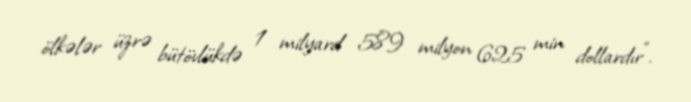
ölkələr üzrə bütövlükdə 1 milyard 589 milyon 625 min dollardır".